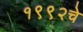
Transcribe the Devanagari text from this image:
१९९२चे